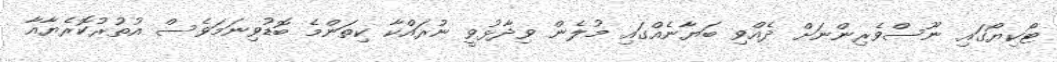
ޓޯކިޔޯގައި ނޫސްވެރިންނަށް ދެއްވި ބަޔާނެއްގައި މުލެން ވިދާޅުވީ ނުރައްކާ ކިތަންމެ ބޮޑުވިނަމަވެސް އުތުރުކޮރެޔާއާ